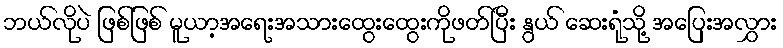
ဘယ်လိုပဲ ဖြစ်ဖြစ် မူယာ့အရေးအသားထွေးထွေးကိုဖတ်ပြီး နွယ် ဆေးရုံသို့ အပြေးအလွှား